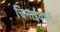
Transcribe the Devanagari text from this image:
चिनाईवाले